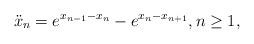
LaTeX: \begin{align*}\ddot{x}_n=e^{x_{n-1} - x_{n}}-e^{x_{n} - x_{n+1}},n\geq1,\end{align*}